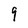
Character: 9